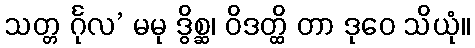
သတ္တ င်္ဂုလ’ မမု ဒွိစ္ဆ၊ ဝိဒတ္ထိ တာ ဒုဝေ သိယုံ။